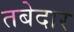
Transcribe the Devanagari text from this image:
तबेदार